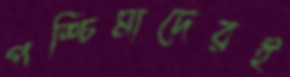
পশ্চিমাদেরই